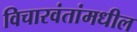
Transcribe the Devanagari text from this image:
विचारवंतांमधील